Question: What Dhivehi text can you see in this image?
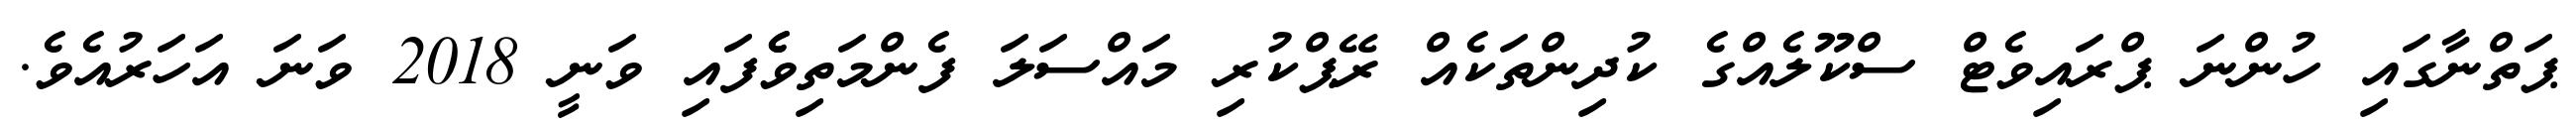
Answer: ޕަތްނާގައި ހުންނަ ޕްރައިވެޓް ސްކޫލެއްގެ ކުދިންތަކެއް ރޭޕްކުރި މައްސަލަ ފެންމަތިވެެފައި ވަނީ 2018 ވަނަ އަހަރުއެވެ.